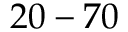
2 0 - 7 0